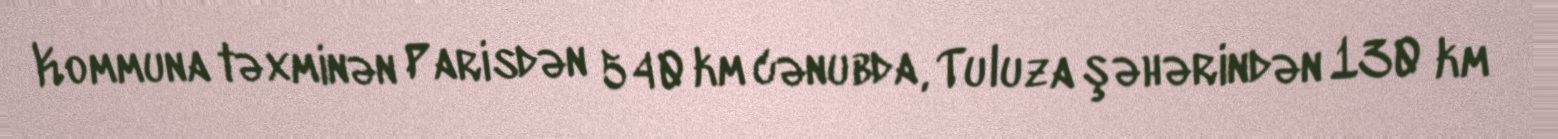
Kommuna təxminən Parisdən 540 km cənubda, Tuluza şəhərindən 130 km